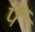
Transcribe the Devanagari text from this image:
र्प